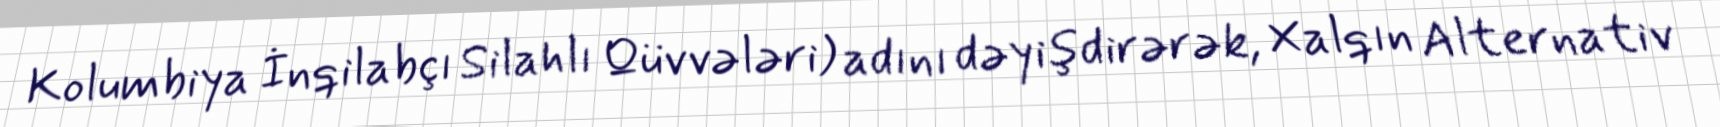
Kolumbiya İnqilabçı Silahlı Qüvvələri) adını dəyişdirərək, Xalqın Alternativ